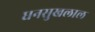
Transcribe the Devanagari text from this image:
धनसुखलाल